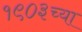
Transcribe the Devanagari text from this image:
१९०३च्या